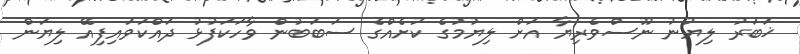
ޚަބަރު ލިޔުނު ނޫސްވެރިޔާ އަށް ލިޔުމުގެ ކުށެއްގެ ސަބަބުން ވާހަކަފުޅު ދައްކަވައިފިއޭ ލިޔަން